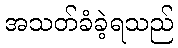
အသတ်ခံခဲ့ရသည်